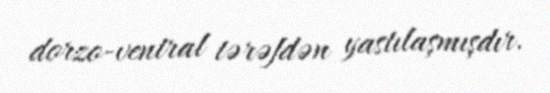
dorzo-ventral tərəfdən yastılaşmışdır.